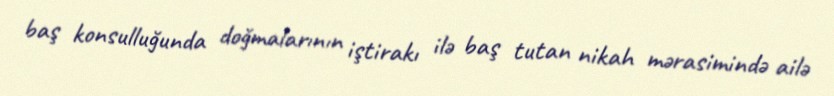
baş konsulluğunda doğmalarının iştirakı ilə baş tutan nikah mərasimində ailə